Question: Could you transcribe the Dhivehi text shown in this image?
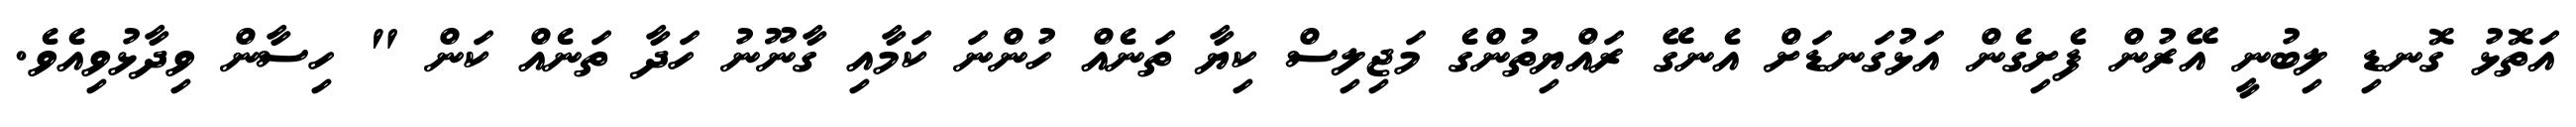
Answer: އަތޮޅު ގޮނޑި ލިބުނީ އޭރުން ފެށިގެން އަޅުގަނޑަށް އެނގޭ ރައްޔިތުންގެ މަޖިލިސް ކިޔާ ތަނެއް ހުންނަ ކަމާއި ގާނޫނު ހަދާ ތަނެއް ކަން " ހިސާން ވިދާޅުވިއެވެ.